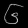
Digit: ၆